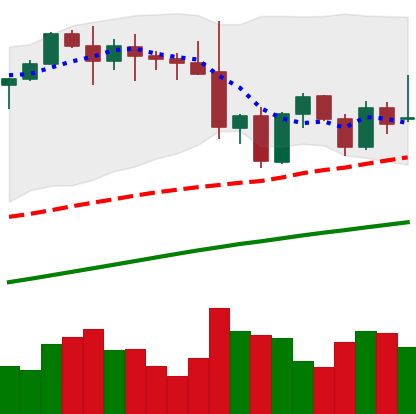
Ticker: ETH-USD
Chart end date: 2021-11-25
Forward return: 8.345%
Label: up_7plus